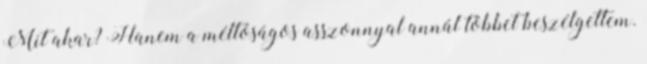
Mit akar? Hanem a méltóságos asszonnyal annál többet beszélgettem.